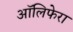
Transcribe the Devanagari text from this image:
ऑलिफेरा